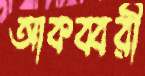
আকব্বরী